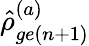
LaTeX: \hat{\rho}_{ge(n+1)}^{(a)}